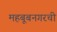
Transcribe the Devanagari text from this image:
महबूबनगरची